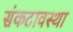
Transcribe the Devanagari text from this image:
संकटावस्था